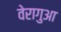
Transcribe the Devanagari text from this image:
वेरागुआ